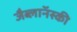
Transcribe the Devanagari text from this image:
जैब्लाॅनस्की